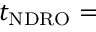
t _ { \mathrm { N D R O } } =